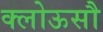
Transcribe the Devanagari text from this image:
क्लोऊसौ